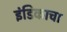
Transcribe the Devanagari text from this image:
इंडिकाचा